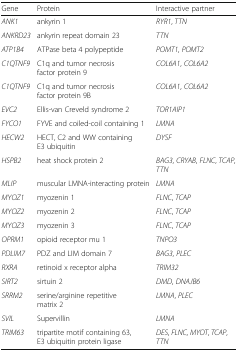
<table><thead><tr><td><b>Gene</b></td><td><b>Protein</b></td><td><b>Interactive partner</b></td></tr></thead><tbody><tr><td><i>ANK1</i></td><td>ankyrin 1</td><td><i>RYR1</i>, <i>TTN</i></td></tr><tr><td><i>ANKRD23</i></td><td>ankyrin repeat domain 23</td><td><i>TTN</i></td></tr><tr><td><i>ATP1B4</i></td><td>ATPase beta 4 polypeptide</td><td><i>POMT1</i>, <i>POMT2</i></td></tr><tr><td><i>C1QTNF9</i></td><td>C1q and tumor necrosis factor protein 9</td><td><i>COL6A1</i>, <i>COL6A2</i></td></tr><tr><td><i>C1QTNF9</i></td><td>C1q and tumor necrosis factor protein 9B</td><td><i>COL6A1</i>, <i>COL6A2</i></td></tr><tr><td><i>EVC2</i></td><td>Ellis-van Creveld syndrome 2</td><td><i>TOR1AIP1</i></td></tr><tr><td><i>FYCO1</i></td><td>FYVE and coiled-coil containing 1</td><td><i>LMNA</i></td></tr><tr><td><i>HECW2</i></td><td>HECT, C2 and WW containing E3 ubiquitin</td><td><i>DYSF</i></td></tr><tr><td><i>HSPB2</i></td><td>heat shock protein 2</td><td><i>BAG3</i>, <i>CRYAB</i>, <i>FLNC</i>, <i>TCAP</i>, <i>TTN</i></td></tr><tr><td><i>MLIP</i></td><td>muscular LMNA-interacting protein</td><td><i>LMNA</i></td></tr><tr><td><i>MYOZ1</i></td><td>myozenin 1</td><td><i>FLNC</i>, <i>TCAP</i></td></tr><tr><td><i>MYOZ2</i></td><td>myozenin 2</td><td><i>FLNC</i>, <i>TCAP</i></td></tr><tr><td><i>MYOZ3</i></td><td>myozenin 3</td><td><i>FLNC</i>, <i>TCAP</i></td></tr><tr><td><i>OPRM1</i></td><td>opioid receptor mu 1</td><td><i>TNPO3</i></td></tr><tr><td><i>PDLIM7</i></td><td>PDZ and LIM domain 7</td><td><i>BAG3</i>, <i>PLEC</i></td></tr><tr><td><i>RXRA</i></td><td>retinoid x receptor alpha</td><td><i>TRIM32</i></td></tr><tr><td><i>SIRT2</i></td><td>sirtuin 2</td><td><i>DMD</i>, <i>DNAJB6</i></td></tr><tr><td><i>SRRM2</i></td><td>serine/arginine repetitive matrix 2</td><td><i>LMNA</i>, <i>PLEC</i></td></tr><tr><td><i>SVIL</i></td><td>Supervillin</td><td><i>LMNA</i></td></tr><tr><td><i>TRIM63</i></td><td>tripartite motif containing 63, E3 ubiquitin protein ligase</td><td><i>DES</i>, <i>FLNC</i>, <i>MYOT</i>, <i>TCAP</i>, <i>TTN</i></td></tr></tbody></table>